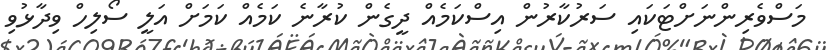
މަސްވެރިންނަށްޓަކައި ސަރުކާރުން އިސްކަމެއް ދީގެން ކުރާނެ ކަމެއް ކަމަށް އަލީ ސޯލިހް ވިދާޅުވި